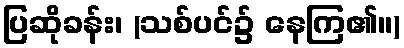
ပြဆိုခန်း၊ (သစ်ပင်၌ နေကြ၏။)